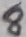
Text: 8